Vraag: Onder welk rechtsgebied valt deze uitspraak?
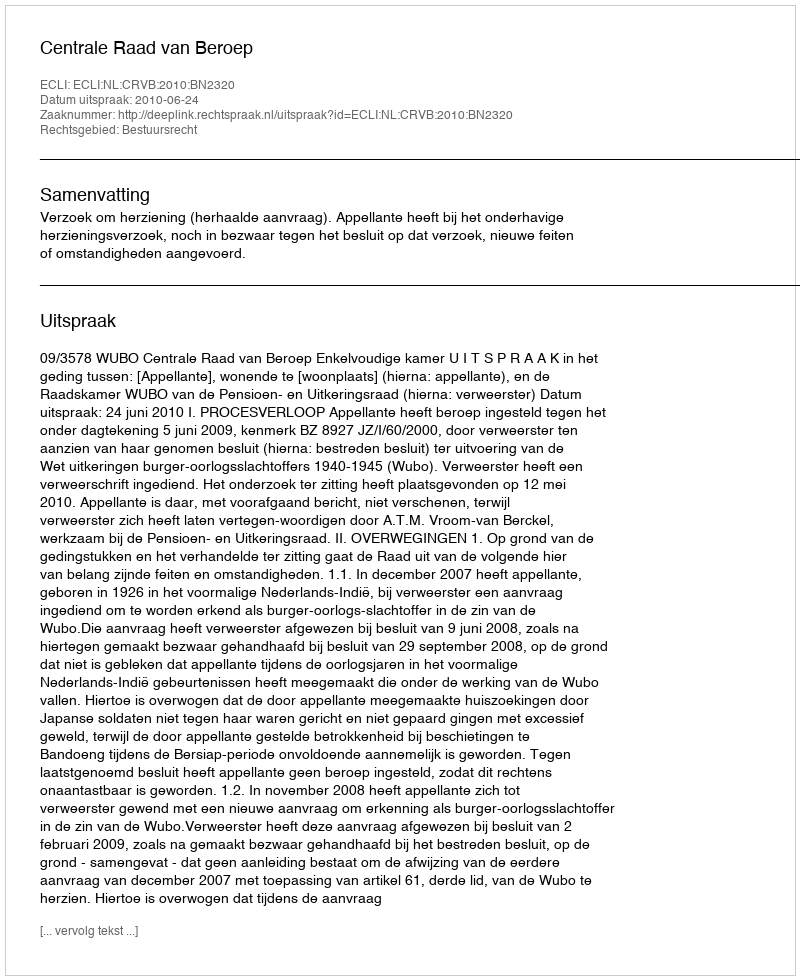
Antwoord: Bestuursrecht